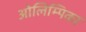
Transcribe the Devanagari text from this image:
ओलिम्पिका